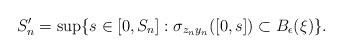
LaTeX: \begin{align*}S_n^\prime = \sup \{ s \in [0,S_n] : \sigma_{z_ny_n}([0,s]) \subset B_{\epsilon}(\xi)\}. \end{align*}